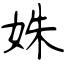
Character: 姝